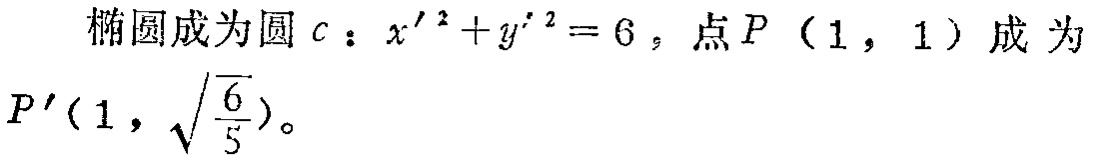
椭圆成为圆 \(c：x'^{2}+y'^{2}=6\)，点 \(P(1,1)\) 成为 \(P'(1,\sqrt{\frac{6}{5}})\)。